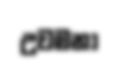
උවමනා